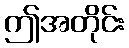
ဤအတိုင်း